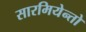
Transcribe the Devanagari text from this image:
सारमियेन्तो